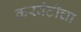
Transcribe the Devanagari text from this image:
करवंटीचा